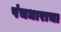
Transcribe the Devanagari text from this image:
पंचधाराचा